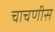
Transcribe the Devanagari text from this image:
चाचणीस